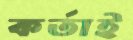
কর্তাই